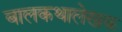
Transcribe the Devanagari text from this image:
बालकथालेखक